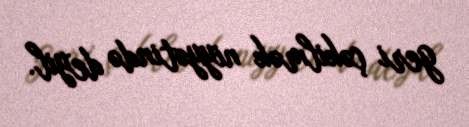
geri çəkilmək niyyətində deyil.